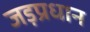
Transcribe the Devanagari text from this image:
जड़प्रधान